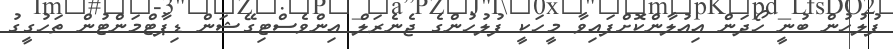
ފުލުހުން ބުނީ ހޯދަން އިއުލާންކޮށްފައިވާ މީހަކީ ފުލުހުންގެ ޖެނެރަލް އިންވެސްޓިގޭޝަން ޑިޕާޓްމަންޓުން ތަހުގީގު